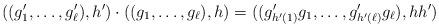
LaTeX: \begin{align*}((g_1',\ldots, g_\ell'),h') \cdot ((g_1,\ldots, g_\ell) ,h) =((g'_{h'(1)}g_1,\ldots, g'_{h'(\ell)}g_\ell),hh')\end{align*}